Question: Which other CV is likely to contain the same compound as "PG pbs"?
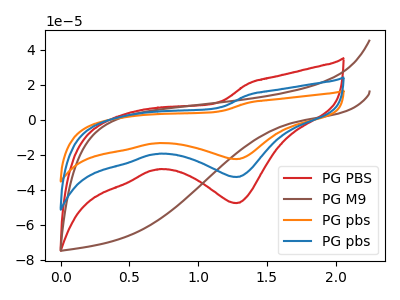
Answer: <think>The red curve "PG PBS" has a cathodic peak at: (1.30V, -47.70uA). The brown curve "PG M9" has no peaks. The orange curve "PG pbs" has a cathodic peak at: (1.30V, -65.55uA). The blue curve "PG pbs" has a cathodic peak at: (1.30V, -32.75uA).
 "PG PBS" and "PG M9" have a different number of peaks. All the peaks in "PG PBS" have a peak in "PG pbs" at the same potential. Every peak in "PG PBS" is lower than every peak in "PG pbs". All the peaks in "PG PBS" have a peak in "PG pbs" at the same potential. Every peak in "PG PBS" is higher than every peak in "PG pbs". "PG M9" and "PG pbs" have a different number of peaks. "PG M9" and "PG pbs" have a different number of peaks. All the peaks in "PG pbs" have a peak in "PG pbs" at the same potential. Every peak in "PG pbs" is higher than every peak in "PG pbs".</think>
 <answer>"PG pbs" and "PG pbs" have a similar shape to "PG PBS".</answer>
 <eval>"PG pbs" "PG pbs"</eval>